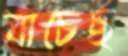
যাচেছ